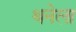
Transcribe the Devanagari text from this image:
थनेला